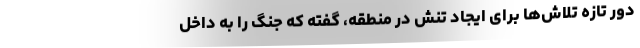
دور تازه تلاش‌ها برای ایجاد تنش در منطقه، گفته که جنگ را به داخل